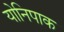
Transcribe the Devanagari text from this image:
योनिपाक